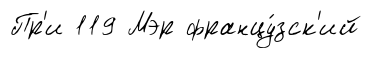
Пр'и 119 Мэр францу́зск'ий